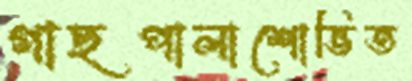
গাছপালাশোভিত